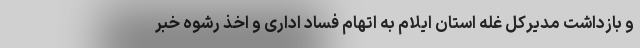
و بازداشت مدیرکل غله استان ایلام به اتهام فساد اداری و اخذ رشوه خبر